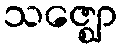
သဇ္ဈော